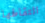
التقاطها